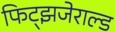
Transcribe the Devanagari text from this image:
फिट्झजेराल्ड